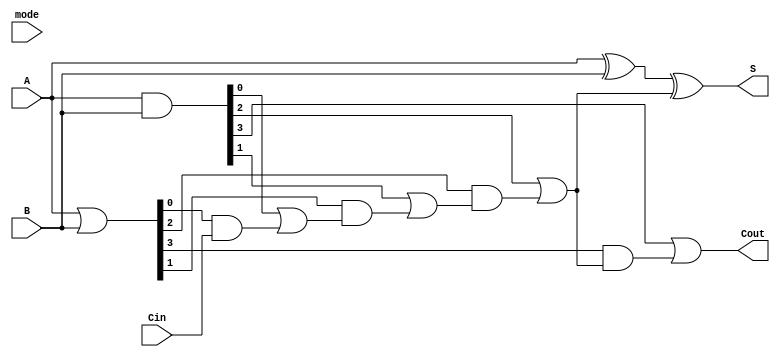
module VLCLA #(parameter n = 4) (
    input [n-1:0] A,         // First operand
    input [n-1:0] B,         // Second operand
    input Cin,               // Carry-in
    input [1:0] mode,        // Control signal for variable latency (for example: 00, 01, 10, 11)
    output [n-1:0] S,        // Sum output
    output Cout              // Carry-out
);

    wire [n-1:0] G;         // Generate signals
    wire [n-1:0] P;         // Propagate signals
    wire [n:0] C;           // Carry signals

    // Generate and Propagate calculations
    assign G = A & B;                  // Gi = Ai AND Bi
    assign P = A | B;                  // Pi = Ai OR Bi
    
    // Carry signals calculation
    assign C[0] = Cin;                 // C0 = Cin
    generate
        genvar i;
        for (i = 0; i < n; i = i + 1) begin : carry_calc
            if (i == 0) begin
                assign C[i+1] = G[i] | (P[i] & C[i]); // C1
            end else begin
                assign C[i+1] = G[i] | (P[i] & C[i]); // C2 to Cn
            end
        end
    endgenerate

    // Sum calculation
    assign S = A ^ B ^ C[n-1];          // Si = Ai XOR Bi XOR Ci
    
    // Carry-out signal
    assign Cout = C[n];                 // Cout = Cn

    // Variable latency logic (conditional path selection)
    // This is a placeholder for implementing variable latency based on mode
    always @(*) begin
        case (mode)
            2'b00: begin
                // Path 0: Standard carry calculation
                // Directly using the above logic
            end
            2'b01: begin
                // Path 1: A faster carry path
                // Optimized carry calculations can be implemented here
            end
            2'b10: begin
                // Path 2: Some other optimized carry path
            end
            2'b11: begin
                // Path 3: Bypass certain carries if inputs are known
            end
            default: begin
                // Default case
            end
        endcase
    end

endmodule